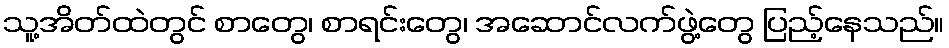
သူ့အိတ်ထဲတွင် စာတွေ၊ စာရင်းတွေ၊ အဆောင်လက်ဖွဲ့တွေ ပြည့်နေသည်။